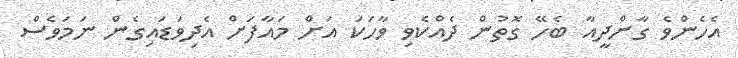
އެހެންވެ ގާންދީއާ ބެހޭ ގޮތުން ދެއްކެވި ވާހަކަ އަށް މައާފަށް އެދިވަޑައިގެން ނަމަވެސް